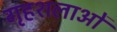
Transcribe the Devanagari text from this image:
गृहशलाओं